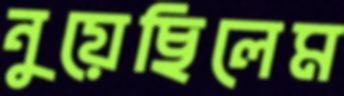
নুয়েছিলেম